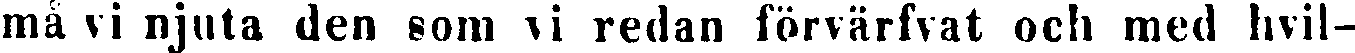
må vi njuta den som vi redan förvärfvat och med hvil-